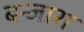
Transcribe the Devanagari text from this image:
बन्जारा